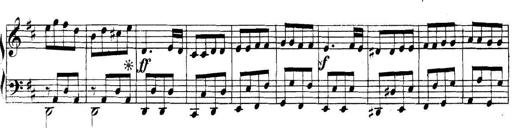
Title: Collected Piano Sonatas
Composer: Muzio Clementi